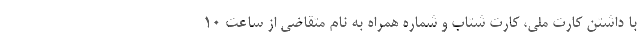
با داشتن کارت ملی، کارت شتاب و شماره همراه به نام متقاضی از ساعت ۱۰